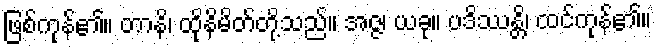
ဖြစ်ကုန်၏။ တာနိ၊ ထိုနိမိတ်တို့သည်။ အဇ္ဇ၊ ယခု။ ပဒိဿန္တိ၊ ထင်ကုန်၏။